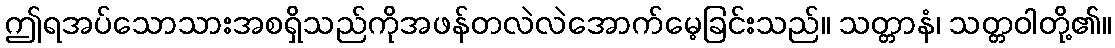
ဤရအပ်သောသားအစရှိသည်ကိုအဖန်တလဲလဲအောက်မေ့ခြင်းသည်။ သတ္တာနံ၊ သတ္တဝါတို့၏။